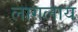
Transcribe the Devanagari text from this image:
लागलाय